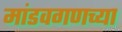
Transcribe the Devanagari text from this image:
मांडवगणच्या